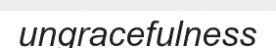
ungracefulness